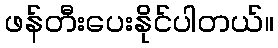
ဖန်တီးပေးနိုင်ပါတယ်။